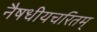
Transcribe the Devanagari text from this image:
नैषधीयचरितम्‌